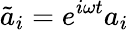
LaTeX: \tilde{a}_{i}=e^{i\omega t}a_{i}